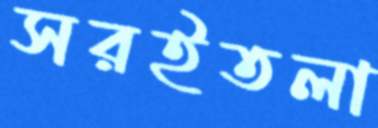
সরইতলা